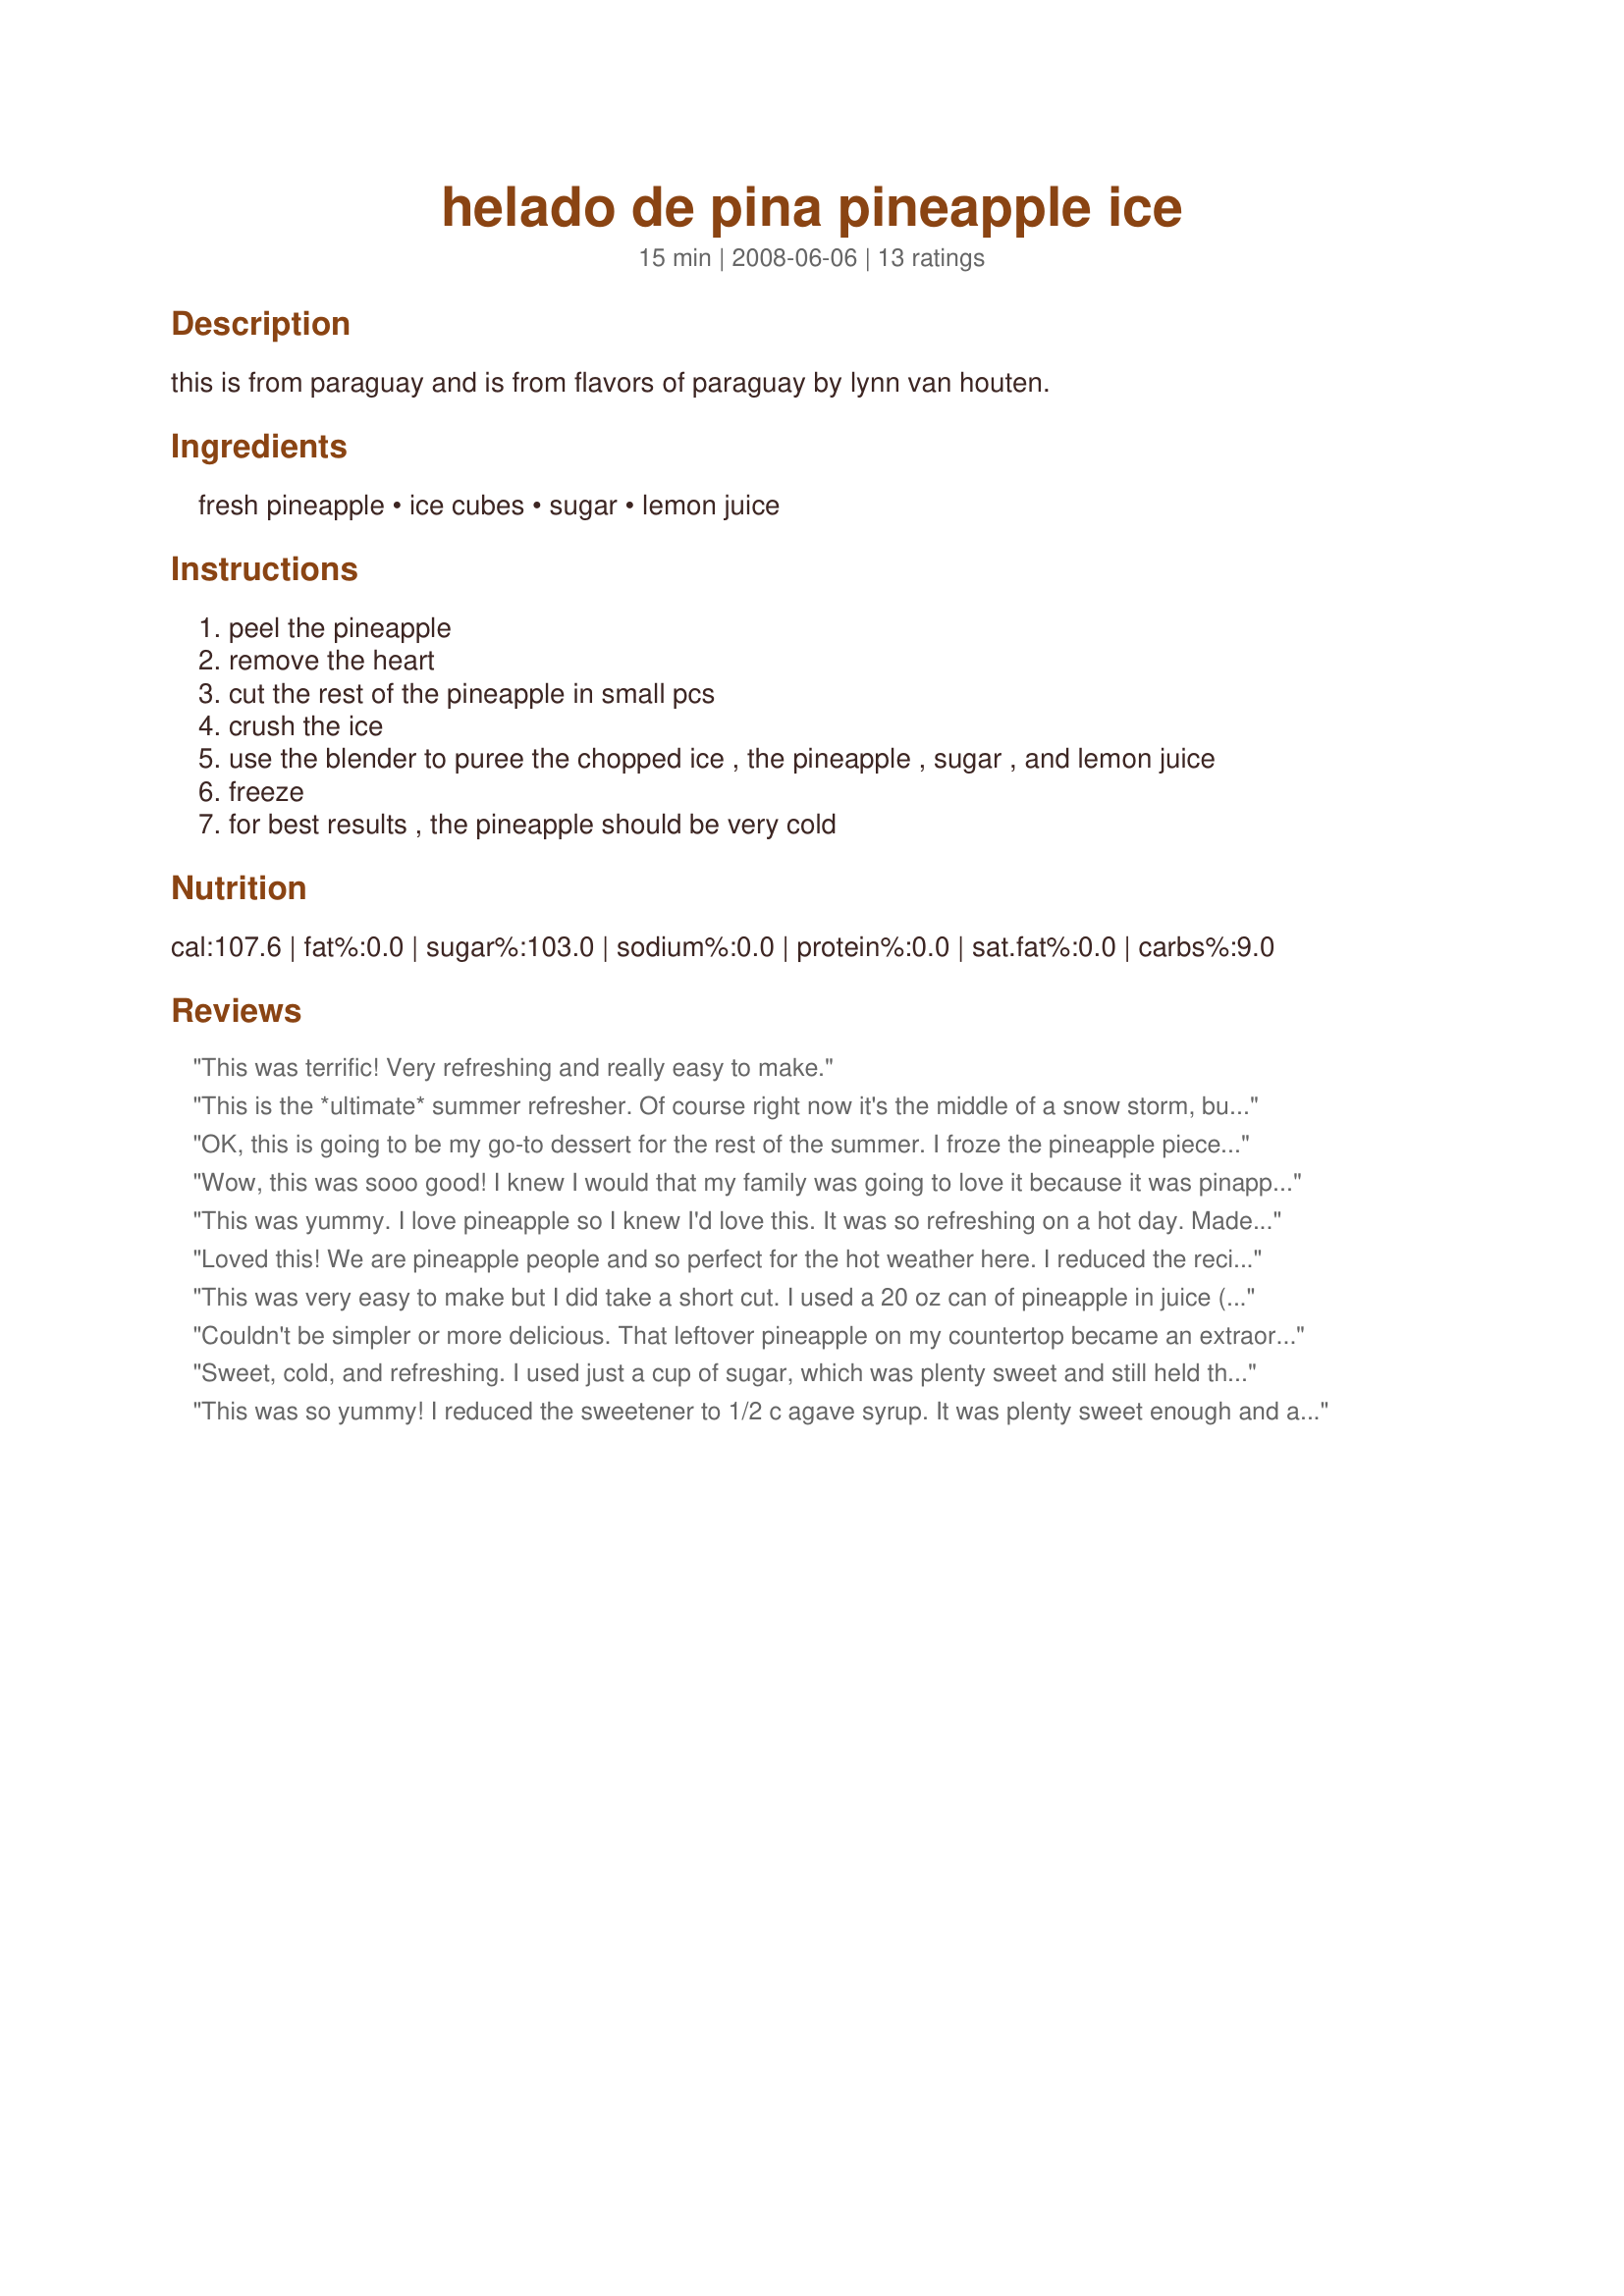
helado de pina pineapple ice
Preparation time: 15 minutes

this is from paraguay and is from flavors of paraguay by lynn van houten.

Ingredients:
fresh pineapple, ice cubes, sugar, lemon juice

Steps:
peel the pineapple
remove the heart
cut the rest of the pineapple in small pcs
crush the ice
use the blender to puree the chopped ice , the pineapple , sugar , and lemon juice
freeze
for best results , the pineapple should be very cold

Reviews:
This was terrific! Very refreshing and really easy to make.
This is the *ultimate* summer refresher. Of course right now it's the middle of a snow storm, but if you close your eyes while your eating this, you can picture yourself on a tropical island. Sooooo wonderful. Very easy to make, and quick too. I reduced the sugar to 1/2 cup since the fresh pineapple is quite sweet, and it's very good. This is going to be made quite a bit. :) Thanks Lynn for sharing this lovely recipe. Made for the Auzzie/NZ Recipe Swap #36
OK, this is going to be my go-to dessert for the rest of the summer. I froze the pineapple pieces for 4 hours before pureeing and used slightly less sugar as my pineapple was literally dripping sweet juice. Loved how easy it was and everyone enjoyed it. There&#039;s not much left, but I think I&#039;ll have it with a little cachaca or rum mixed in.
Wow, this was sooo good! I knew I would that my family was going to love it because it was pinapple but this exceeded our expectations!!! This was a refreshing treat on a hot summer day. Thank you for posting! Made for ZWT4.
This was yummy. I love pineapple so I knew I'd love this. It was so refreshing on a hot day. Made for ZWT4 for the Tastebud Tickling Travellers.
Loved this! We are pineapple people and so perfect for the hot weather here. I reduced the recipe to 5 servings. Bought pre cut pineapple (10.5 ounces), halved the sugar. Will definitely be making again. Thank you LL for sharing.
This was very easy to make but I did take a short cut. I used a 20 oz can of pineapple in juice (not syrup). I refrigerated the pineapple before making the recipe. I added the juice from the can so I cut down the amount of sugar to 1/2 cup. Very yummy & not a lot of calories. Made for ZWT 4
Couldn't be simpler or more delicious. That leftover pineapple on my countertop became an extraordinary dessert for dinner tonight in just a few minutes with the fewest number of ordinary ingredients. I think expensive ice cream may be a thing of the past around this house.
Sweet, cold, and refreshing. I used just a cup of sugar, which was plenty sweet and still held the freezing point down.
This was so yummy! I reduced the sweetener to 1/2 c agave syrup. It was plenty sweet enough and added a smoothness to the recipe. I will be using this one again! Maybe adding some mango or papaya along with the pineapple. Thanks Lynn!
This was AWESOME!!!! I actually enjoyed it for breakfast!!! What a nice, refreshing treat!!! Absolutely loved it!! Thanks so much!! Made for the ZWT4
Yum! I too used canned pineapple and halve the recipe, and used less sugar. I also added more lemon juice. Thanks!
So easy to make and oh so good!!! Next time, might leave a couple small chunks of pineapple to add texture, and cut back on the sugar a little, especially if the pineapple is naturally sweet. Recommend freezing it overnight. Thank you for a great posting.
